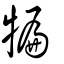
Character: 犏